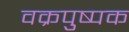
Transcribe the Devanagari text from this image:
वक्रपुष्पक